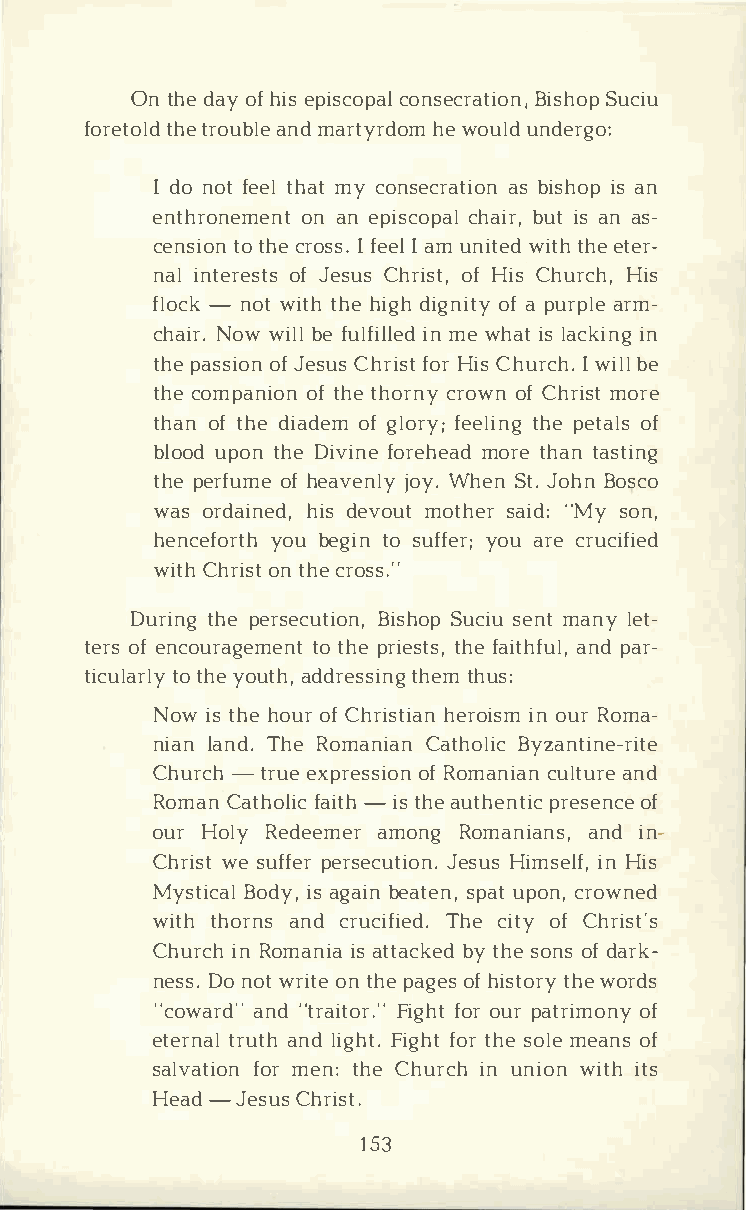
Ont hdea oyfh iesp isccoopnasle cBriasthiSooupnc ,i u
 foretthotelr do uabnlmdea rtyrhdewo omu ulndd ergo:
 Id on ofte tehlam tyc onsecarsab tiisohinosa p n
 enthronoenma  enen pti sccohpaabiluri t,sa na s­
 censtioto hnce r oIsf se.Iea lmu niwtietdth he et er­
 nailn teroefJs etssCu hsr iosfHt i,Cs h urHcihs,
 flo-cnko wti tthhh ei gdhi gnoifatp yu rpalrem ­
 chaNiorw.w iblelf ulfiinml elw ehdai tls a ckiinn g
 thpea ssoifJo ens us fCohHrri Cishs utr Icw hi.bl el
 thceo mpanoifto htneh orny ocfCr horwminos rte
 thaonft hdei adoefgm l ory; tfhpeeee tloaifln sg
 blouopdo tnh Dei vifnoer ehmeoartdeh atna sting
 thpee rfoufhm eea vejnolWyyh. e Snt J.o hBno sco
 waso rdaihniedsde ,v omuott hseari "dM:ys on,
 hencefyoorubt ehgt ions uffyeorua; r cer ucified
 witChh roinst thc er oss.··
 Duritnhgpe e rsecutiSounc,si euBnm itas nhlyoe pt ­
 teorfse ncouratgoet mhpeern ite tshtfesa ,i tahnfpdua lr,­
 ticutlota hryelo yu tahd,d retshseitmnh gu s:
 Nowi tsh heo uorfC hrishteiraoinin os umRr o ma­
 nialna nTdh.eR omanCiaatnh oBlyizca ntine-rite
 Chur-cthr ueex preosfRs oimona nciualnta unrde
 RomaCna thfoali-itcih ts h aeu thepnrteiscoe fn ce
 ourH olRye deeammeorn Rgo maniaanndis ­n,
 Chrwiess tu fpfeerrs ecJuetsiHuoisnm .s ienlH fi,s
 MystiBcoadilyas ,g abiena tsepnau,tp ocnr,o wned
 witthh orannsdc ruciTfhiece idt.oy fC hrist's
 ChuricnRh o mainasit at abcykt ehsdeo nosfd ark­
 nesDson. o wtr iotnte h pea goefhs i sttohwreoy r ds
 "cowaarnd"d"t raiFtiogfrho.tor" u pra triomfo ny
 etertnraualtn hld i gFhitg.fh ottr h seo mleea nosf
 salvaftoimroe nnt :h Ceh uricnuh n ion with its
 Hea-dJ esCuhsr ist.
 135